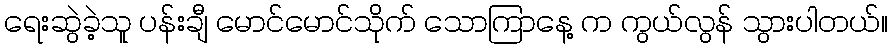
ရေးဆွဲခဲ့သူ ပန်းချီ မောင်မောင်သိုက် သောကြာနေ့ က ကွယ်လွန် သွားပါတယ်။